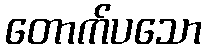
တောက်ပသော